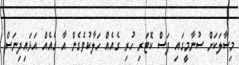
މިސާލަކަށް ސުނާމީގައި ފަސް ކޮޓަރި ހުރި ގެއެއް ހަލާކުވެގެން އާ ގެއެއް އަޅައިދިނަސް